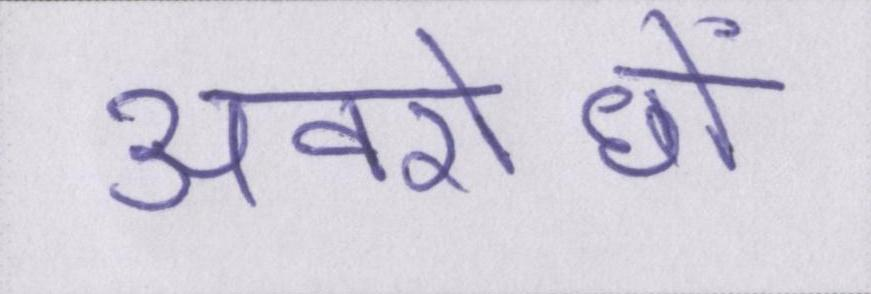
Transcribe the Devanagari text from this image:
अवरोधों